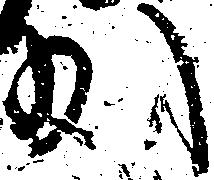
少